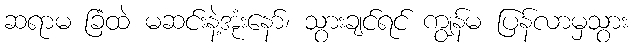
ဆရာမ ခြံထဲ မဆင်းနဲ့အုံးနော်၊ သွားချင်ရင် ကျွန်မ ပြန်လာမှသွား